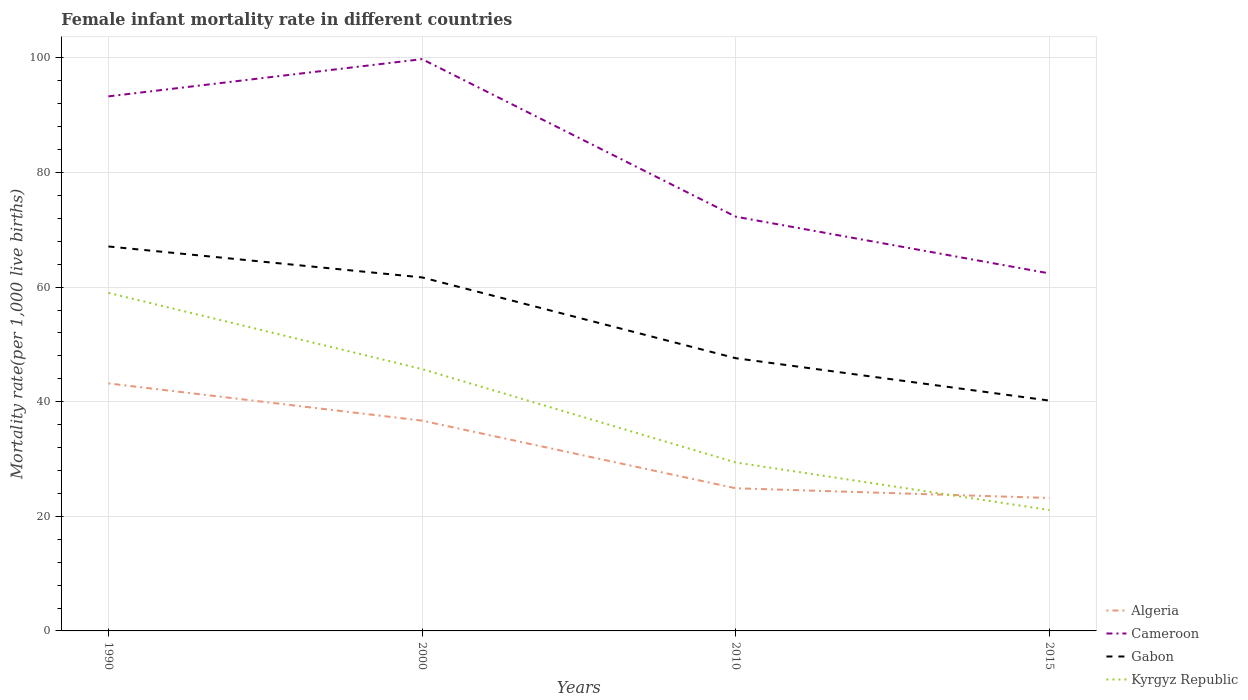
| Years | Algeria | Cameroon | Gabon | Kyrgyz Republic |
 | --- | --- | --- | --- | --- |
 | 1990 | 43.2 | 93.3 | 67.1 | 59 |
 | 2000 | 36.7 | 99.8 | 61.7 | 45.7 |
 | 2010 | 24.9 | 72.3 | 47.6 | 29.4 |
 | 2015 | 23.2 | 62.4 | 40.2 | 21.1 |